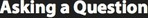
Asking a Question